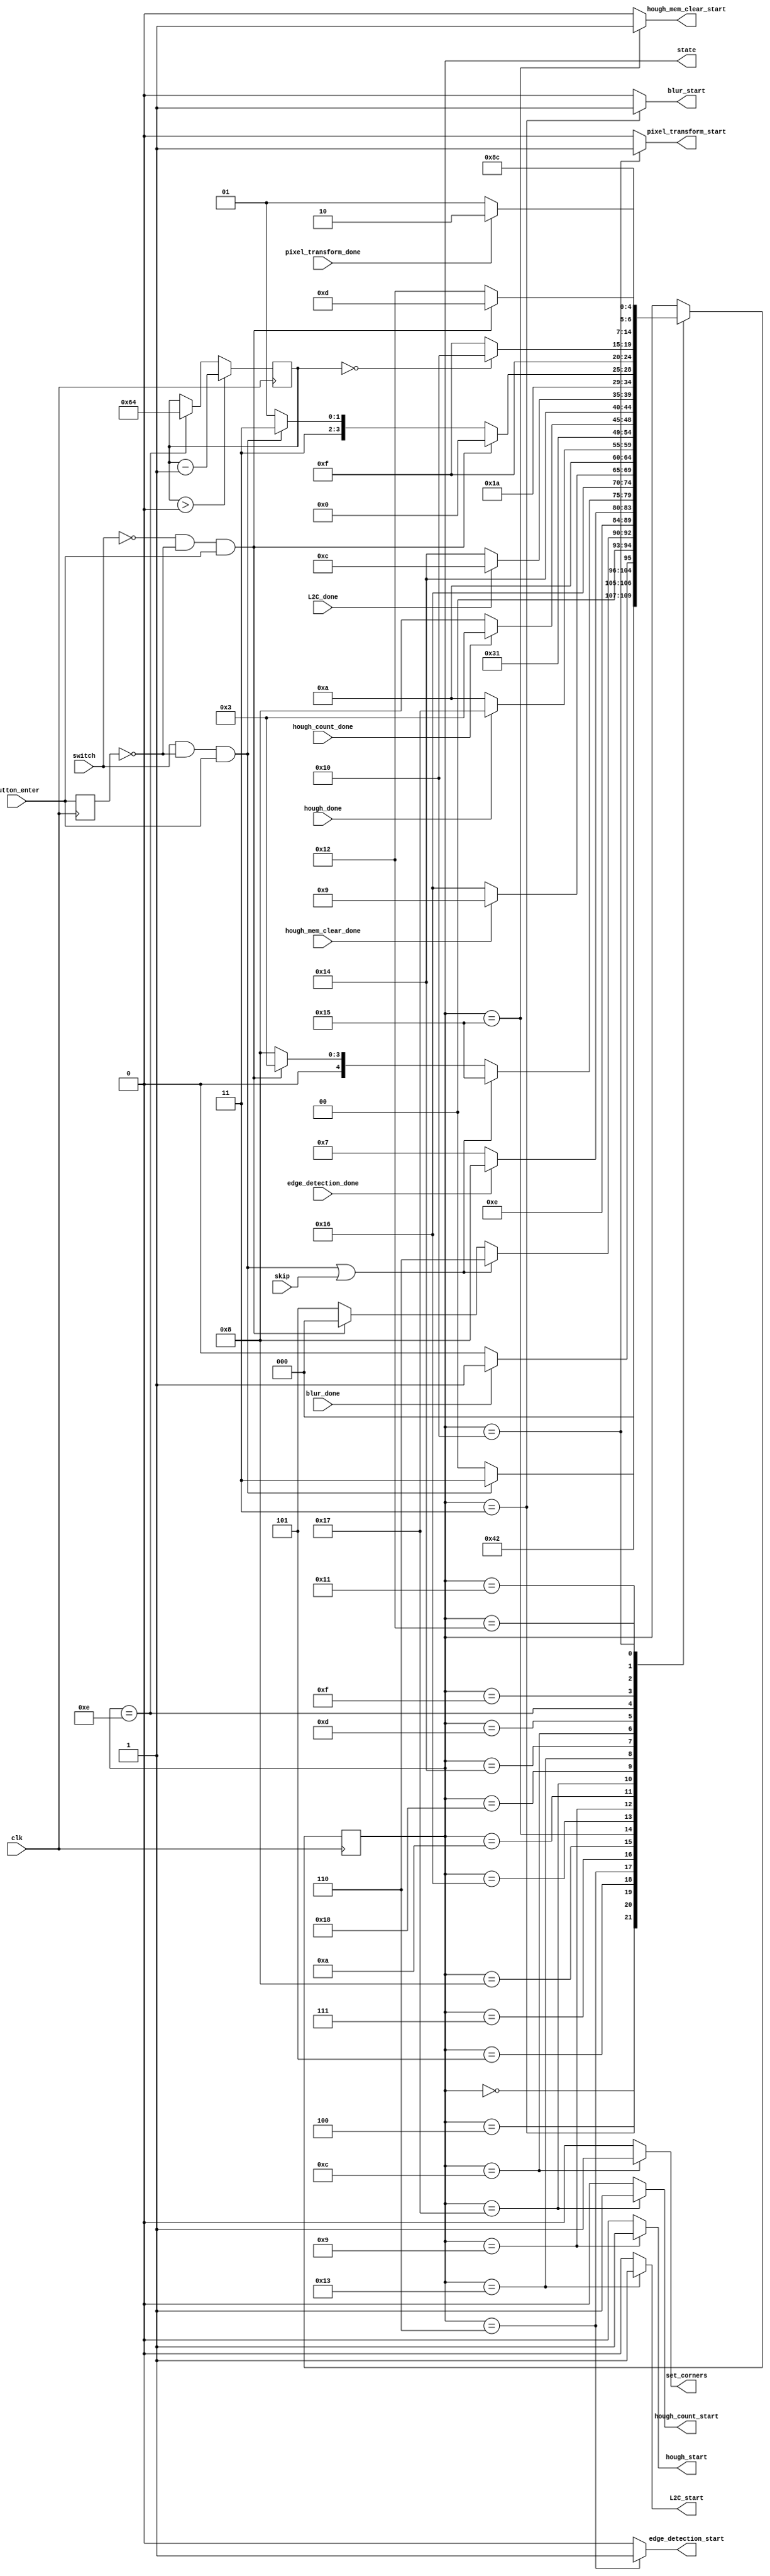
`timescale 1ns / 1ps
//////////////////////////////////////////////////////////////////////////////////
// Company: 
// Engineer: 
// 
// Design Name: 
// Module Name:    main_fsm 
// Project Name: 
// Target Devices: 
// Tool versions: 
// Description: 
//
// Dependencies: 
//
// Revision: 
// Revision 0.01 - File Created
// Additional Comments: 
//
//////////////////////////////////////////////////////////////////////////////////
module main_fsm(
	 input clk,
    input button_enter,
	 input switch,
	 input skip,
    input pixel_transform_done,
    output reg [4:0] state,
    output pixel_transform_start,
	 output set_corners,
	 output blur_start,
	 input blur_done,
	 input edge_detection_done,
	 output edge_detection_start,
	 output L2C_start,
	 input L2C_done,
	 output hough_mem_clear_start,
	 input hough_mem_clear_done,
	 output hough_start,
	 input hough_done,
	 input hough_count_done,
	 output hough_count_start
    );
	
   reg last_enter; // Only proceed/move back on a rising edge of the switch
   
	initial begin
		state = 0;
      last_enter = 1;
	end
	
	  parameter VIEW_FINDER = 5'b00000;
	  parameter BLUR_START = 5'b00011;
	  parameter BLUR_WAIT = 5'b00100;
	  parameter SHOW_BLUR = 5'b00101;
	  parameter EDGE_DETECTOR_START = 5'b00110;
	  parameter EDGE_DETECTOR_WAIT = 5'b00111;
	  parameter SHOW_EDGE_DETECTOR = 5'b01000;
	  parameter HOUGH_MEM_CLEAR_START = 5'b10101;
	  parameter HOUGH_MEM_CLEAR_WAIT = 5'b10110;
	  parameter HOUGH_START = 5'b01001;
	  parameter HOUGH_WAIT = 5'b01010;
	  parameter HOUGH_COUNT_START = 5'b10111;
	  parameter HOUGH_COUNT_WAIT = 5'b11000;
	  parameter SHOW_HOUGH = 5'b01011;
	  parameter L2C_START = 5'b10011;
	  parameter L2C_WAIT = 5'b10100;
	  parameter MANUAL_DETECTION_START = 5'b01100;
	  parameter MANUAL_DETECTION_WAIT = 5'b01101;
     parameter COMPUTE_PARAM_START = 5'b01110;
     parameter COMPUTE_PARAM_WAIT = 5'b01111;
     parameter PIXEL_TRANSFORM_START = 5'b10000;
     parameter PIXEL_TRANSFORM_WAIT = 5'b10001;
     parameter SHOW_TRANSFORMED = 5'b10010;
	  
	//if we are in the MANUAL_DETECTION_START state then
	assign set_corners = (state == MANUAL_DETECTION_START ? 1 : 0);
   //if we are in the PIXEL_TRANSFORM_START state then
   assign pixel_transform_start = (state == PIXEL_TRANSFORM_START ? 1 : 0);
   //if we are in the BLUR_START state then
   assign blur_start = (state == BLUR_START ? 1 : 0);
	//if we are in the EDGE_DETECTION_START state then
   assign edge_detection_start = (state == EDGE_DETECTOR_START ? 1 : 0);
	//if we are in the L2C_START state then
   assign L2C_start = (state == L2C_START ? 1 : 0);
	//if we are in the HOUGH_MEM_CLEAR_START state then
   assign hough_mem_clear_start = (state == HOUGH_MEM_CLEAR_START ? 1 : 0);
	//if we are in the HOUGH_START state then
   assign hough_start = (state == HOUGH_START ? 1 : 0);
	//if we are in the HOUGH_COUNT_START state then
   assign hough_count_start = (state == HOUGH_COUNT_START ? 1 : 0);
	
   reg [6:0] counter; // Counter to wait for the parameter computation, because it's not pipelined
	
	//select if the enter button goes forwards or backwards
	wire forwards, backwards;
	assign forwards = switch & ~last_enter & button_enter;
	assign backwards = ~switch & ~last_enter & button_enter;
		
	reg [4:0] next_state;
	always @(*) begin
		case(state)
			VIEW_FINDER: next_state = forwards ? BLUR_START : VIEW_FINDER;
			BLUR_START: next_state = BLUR_WAIT;
			BLUR_WAIT: next_state = blur_done ? SHOW_BLUR : BLUR_WAIT;
			SHOW_BLUR: next_state = (forwards | skip) ? EDGE_DETECTOR_START : (backwards ? VIEW_FINDER : SHOW_BLUR);
			EDGE_DETECTOR_START: next_state = EDGE_DETECTOR_WAIT;
			EDGE_DETECTOR_WAIT: next_state = edge_detection_done ? SHOW_EDGE_DETECTOR : EDGE_DETECTOR_WAIT;
			SHOW_EDGE_DETECTOR: next_state = (forwards | skip) ? HOUGH_MEM_CLEAR_START : (backwards ? BLUR_START : SHOW_EDGE_DETECTOR);
			HOUGH_MEM_CLEAR_START: next_state = HOUGH_MEM_CLEAR_WAIT;
			HOUGH_MEM_CLEAR_WAIT: next_state = hough_mem_clear_done ? HOUGH_START : HOUGH_MEM_CLEAR_WAIT;
			HOUGH_START: next_state = HOUGH_WAIT;
			HOUGH_WAIT: next_state = hough_done ? HOUGH_COUNT_START : HOUGH_WAIT;
			HOUGH_COUNT_START: next_state = HOUGH_COUNT_WAIT;
			HOUGH_COUNT_WAIT: next_state = hough_count_done ? L2C_START : HOUGH_COUNT_WAIT;
			L2C_START: next_state = L2C_WAIT;
			L2C_WAIT: next_state = L2C_done ? MANUAL_DETECTION_START : L2C_WAIT;
			MANUAL_DETECTION_START: next_state = MANUAL_DETECTION_WAIT;
			MANUAL_DETECTION_WAIT: next_state = backwards ? VIEW_FINDER : (forwards ? COMPUTE_PARAM_WAIT : MANUAL_DETECTION_WAIT);
			COMPUTE_PARAM_START: next_state = COMPUTE_PARAM_WAIT;
         COMPUTE_PARAM_WAIT: next_state = (counter == 0) ? PIXEL_TRANSFORM_START : COMPUTE_PARAM_WAIT;
         PIXEL_TRANSFORM_START: next_state = PIXEL_TRANSFORM_WAIT;
         PIXEL_TRANSFORM_WAIT: next_state = (pixel_transform_done)? SHOW_TRANSFORMED : PIXEL_TRANSFORM_WAIT;
         SHOW_TRANSFORMED: next_state = backwards ? MANUAL_DETECTION_WAIT : SHOW_TRANSFORMED;

         default: next_state = state;
		endcase
	end
	
	always @(posedge clk) begin
		state <= next_state;
      last_enter <= button_enter;
      
      if (state == COMPUTE_PARAM_START) counter <= 100;
      if (counter > 0) counter <= counter - 1;
	end

endmodule